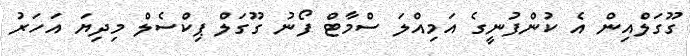
ގޫގަލްއިން އެ ކުންފުނީގެ އަމިއްލަ ސްމާޓް ފޯނު ގޫގަލް ޕިކްސެލް މިދިޔަ އަހަރު